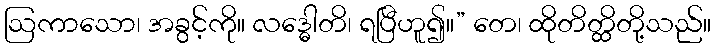
ဩကာသော၊ အခွင့်ကို။ လဒ္ဓေါတိ၊ ရပြီဟူ၍။” တေ၊ ထိုတိတ္ထိတို့သည်။